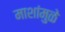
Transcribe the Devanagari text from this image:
माशांमुळे